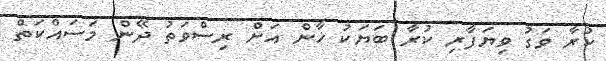
ކުރާ ވަގު ވިޔަފާރި ކުރާ ބަޔަކު ޚާން އަށް ރިސްވަތު ދޭން މަސައްކަތް